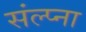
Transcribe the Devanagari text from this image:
संल्प्ना